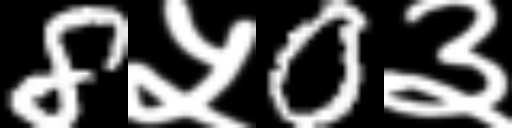
Text: 8५0३